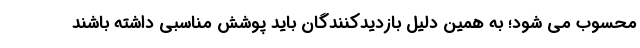
محسوب می شود؛ به همین دلیل بازدیدکنندگان باید پوشش مناسبی داشته باشند